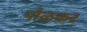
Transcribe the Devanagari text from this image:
पौळकर